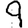
Digit: 9